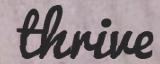
thrive